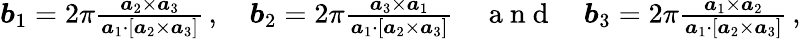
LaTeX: \begin{array}{r}{\boldsymbol b_{1}=2\pi\frac{\boldsymbol a_{2}\times\boldsymbol a_{3}}{\boldsymbol a_{1}\cdot[\boldsymbol a_{2}\times\boldsymbol a_{3}]}\, ,\quad\boldsymbol b_{2}=2\pi\frac{\boldsymbol a_{3}\times\boldsymbol a_{1}}{\boldsymbol a_{1}\cdot[\boldsymbol a_{2}\times\boldsymbol a_{3}]}\quad\mathrm{~a~n~d~}\quad\boldsymbol b_{3}=2\pi\frac{\boldsymbol a_{1}\times\boldsymbol a_{2}}{\boldsymbol a_{1}\cdot[\boldsymbol a_{2}\times\boldsymbol a_{3}]}\, ,}\end{array}